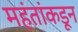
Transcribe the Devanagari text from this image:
महंतांकडून